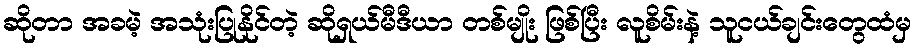
ဆိုတာ အခမဲ့ အသုံးပြုနိုင်တဲ့ ဆိုရှယ်မီဒီယာ တစ်မျိုး ဖြစ်ပြီး လူစိမ်းနဲ့ သူငယ်ချင်းတွေထံမှ